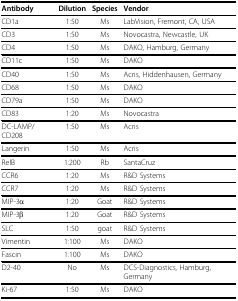
<table><thead><tr><td><b>Antibody</b></td><td><b>Dilution</b></td><td><b>Species</b></td><td><b>Vendor</b></td></tr></thead><tbody><tr><td>CD1a</td><td>1:50</td><td>Ms</td><td>LabVision, Fremont, CA, USA</td></tr><tr><td>CD3</td><td>1:50</td><td>Ms</td><td>Novocastra, Newcastle, UK</td></tr><tr><td>CD4</td><td>1:50</td><td>Ms</td><td>DAKO, Hamburg, Germany</td></tr><tr><td>CD11c</td><td>1:50</td><td>Ms</td><td>DAKO</td></tr><tr><td>CD40</td><td>1:50</td><td>Ms</td><td>Acris, Hiddenhausen, Germany</td></tr><tr><td>CD68</td><td>1:50</td><td>Ms</td><td>DAKO</td></tr><tr><td>CD79a</td><td>1:50</td><td>Ms</td><td>DAKO</td></tr><tr><td>CD83</td><td>1:20</td><td>Ms</td><td>Novocastra</td></tr><tr><td>DC-LAMP/CD208</td><td>1:50</td><td>Ms</td><td>Acris</td></tr><tr><td>Langerin</td><td>1:50</td><td>Ms</td><td>Acris</td></tr><tr><td>RelB</td><td>1:200</td><td>Rb</td><td>SantaCruz</td></tr><tr><td>CCR6</td><td>1:20</td><td>Ms</td><td>R&amp;D Systems</td></tr><tr><td>CCR7</td><td>1:20</td><td>Ms</td><td>R&amp;D Systems</td></tr><tr><td>MIP-3α</td><td>1:20</td><td>Goat</td><td>R&amp;D Systems</td></tr><tr><td>MIP-3β</td><td>1:20</td><td>Goat</td><td>R&amp;D Systems</td></tr><tr><td>SLC</td><td>1:50</td><td>goat</td><td>R&amp;D Systems</td></tr><tr><td>Vimentin</td><td>1:100</td><td>Ms</td><td>DAKO</td></tr><tr><td>Fascin</td><td>1:100</td><td>Ms</td><td>DAKO</td></tr><tr><td>D2-40</td><td>No</td><td>Ms</td><td>DCS-Diagnostics, Hamburg, Germany</td></tr><tr><td>Ki-67</td><td>1:50</td><td>Ms</td><td>DAKO</td></tr></tbody></table>